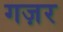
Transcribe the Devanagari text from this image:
गज़र